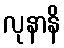
လုနာနိ